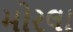
મોરલા